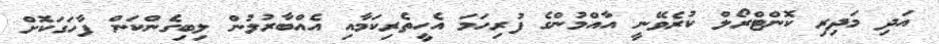
އަދި މަދިރި ކޮންޓްރޯލް ކުރެވޭނީ އާއްމުންގެ ފުރިހަމަ އެހީތެރިކަމާއި އެއްބާރުލުން ލިބިގެންކަން ފާހަގަކޮށް